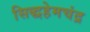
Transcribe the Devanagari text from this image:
सिद्धहेमचंद्र